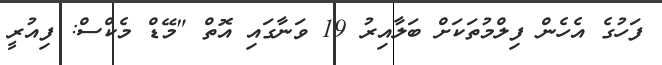
ފަހުގެ އެހެން ފިލްމުތަކަށް ބަލާއިރު 19 ވަނާގައި އޮތް "މޭޑް މެކްސް: ފިއުރީ